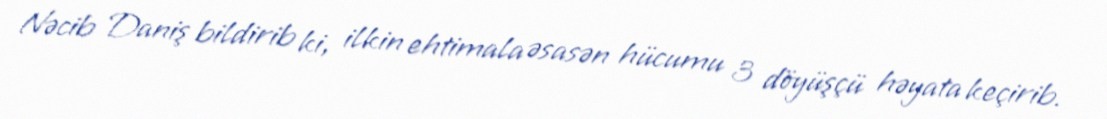
Nəcib Daniş bildirib ki, ilkin ehtimala əsasən hücumu 3 döyüşçü həyata keçirib.